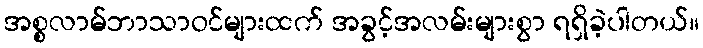
အစ္စလာမ်ဘာသာဝင်များထက် အခွင့်အလမ်းများစွာ ရရှိခဲ့ပါတယ်။